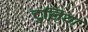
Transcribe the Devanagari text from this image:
टुलिया